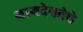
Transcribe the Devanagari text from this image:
ग्रामदेवतेचे